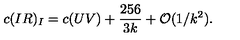
c ( I R ) _ { I } = c ( U V ) + { \frac { 2 5 6 } { 3 k } } + { \cal O } ( 1 / k ^ { 2 } ) .